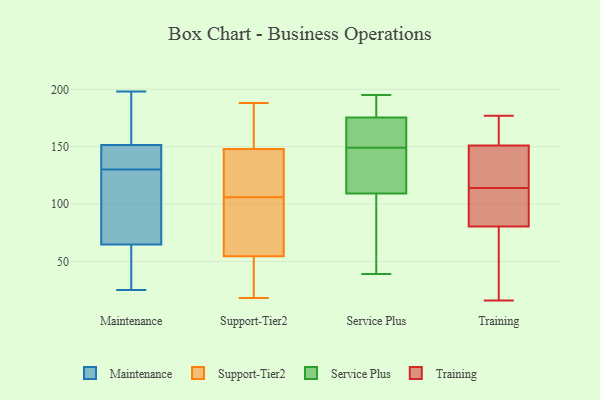
{"axis": {"x": "Production Output", "y": "Value"}, "legend": ["Maintenance", "Service Plus", "Support-Tier2", "Training"], "data": [{"x": "", "y": 25, "type": "Maintenance"}, {"x": "", "y": 112, "type": "Maintenance"}, {"x": "", "y": 50, "type": "Maintenance"}, {"x": "", "y": 97, "type": "Maintenance"}, {"x": "", "y": 174, "type": "Maintenance"}, {"x": "", "y": 36, "type": "Maintenance"}, {"x": "", "y": 58, "type": "Maintenance"}, {"x": "", "y": 198, "type": "Maintenance"}, {"x": "", "y": 136, "type": "Maintenance"}, {"x": "", "y": 130, "type": "Maintenance"}, {"x": "", "y": 156, "type": "Maintenance"}, {"x": "", "y": 166, "type": "Maintenance"}, {"x": "", "y": 67, "type": "Maintenance"}, {"x": "", "y": 136, "type": "Maintenance"}, {"x": "", "y": 132, "type": "Maintenance"}, {"x": "", "y": 74, "type": "Maintenance"}, {"x": "", "y": 150, "type": "Maintenance"}, {"x": "", "y": 18, "type": "Support-Tier2"}, {"x": "", "y": 150, "type": "Support-Tier2"}, {"x": "", "y": 143, "type": "Support-Tier2"}, {"x": "", "y": 101, "type": "Support-Tier2"}, {"x": "", "y": 158, "type": "Support-Tier2"}, {"x": "", "y": 42, "type": "Support-Tier2"}, {"x": "", "y": 73, "type": "Support-Tier2"}, {"x": "", "y": 111, "type": "Support-Tier2"}, {"x": "", "y": 158, "type": "Support-Tier2"}, {"x": "", "y": 146, "type": "Support-Tier2"}, {"x": "", "y": 188, "type": "Support-Tier2"}, {"x": "", "y": 67, "type": "Support-Tier2"}, {"x": "", "y": 18, "type": "Support-Tier2"}, {"x": "", "y": 82, "type": "Support-Tier2"}, {"x": "", "y": 49, "type": "Support-Tier2"}, {"x": "", "y": 124, "type": "Support-Tier2"}, {"x": "", "y": 30, "type": "Support-Tier2"}, {"x": "", "y": 158, "type": "Support-Tier2"}, {"x": "", "y": 126, "type": "Support-Tier2"}, {"x": "", "y": 60, "type": "Support-Tier2"}, {"x": "", "y": 94, "type": "Service Plus"}, {"x": "", "y": 49, "type": "Service Plus"}, {"x": "", "y": 195, "type": "Service Plus"}, {"x": "", "y": 177, "type": "Service Plus"}, {"x": "", "y": 174, "type": "Service Plus"}, {"x": "", "y": 145, "type": "Service Plus"}, {"x": "", "y": 192, "type": "Service Plus"}, {"x": "", "y": 103, "type": "Service Plus"}, {"x": "", "y": 176, "type": "Service Plus"}, {"x": "", "y": 149, "type": "Service Plus"}, {"x": "", "y": 195, "type": "Service Plus"}, {"x": "", "y": 157, "type": "Service Plus"}, {"x": "", "y": 166, "type": "Service Plus"}, {"x": "", "y": 145, "type": "Service Plus"}, {"x": "", "y": 169, "type": "Service Plus"}, {"x": "", "y": 64, "type": "Service Plus"}, {"x": "", "y": 147, "type": "Service Plus"}, {"x": "", "y": 128, "type": "Service Plus"}, {"x": "", "y": 39, "type": "Service Plus"}, {"x": "", "y": 177, "type": "Training"}, {"x": "", "y": 156, "type": "Training"}, {"x": "", "y": 33, "type": "Training"}, {"x": "", "y": 96, "type": "Training"}, {"x": "", "y": 102, "type": "Training"}, {"x": "", "y": 140, "type": "Training"}, {"x": "", "y": 159, "type": "Training"}, {"x": "", "y": 177, "type": "Training"}, {"x": "", "y": 16, "type": "Training"}, {"x": "", "y": 93, "type": "Training"}, {"x": "", "y": 128, "type": "Training"}, {"x": "", "y": 85, "type": "Training"}, {"x": "", "y": 76, "type": "Training"}, {"x": "", "y": 146, "type": "Training"}, {"x": "", "y": 71, "type": "Training"}, {"x": "", "y": 126, "type": "Training"}]}